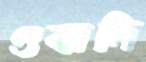
ওবাদি